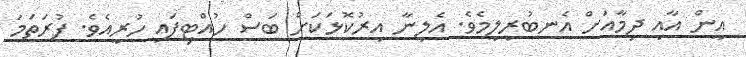
އީން އާއި ދިމާއަށް އެނބުރިލީމެވެ. އެލީނާ އިރުކޮޅަކަށް ބަސް ހުއްޓިފައި ހުރީއެވެ. ފުރަތަމަ